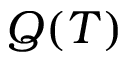
Q ( T )